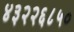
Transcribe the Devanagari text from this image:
४३२२६८५०